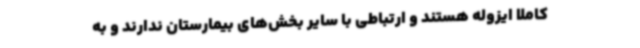
کاملا ایزوله هستند و ارتباطی با سایر بخش‌های بیمارستان ندارند و به